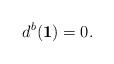
LaTeX: \begin{align*}d^b({\bf 1}) = 0.\end{align*}